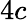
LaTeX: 4c